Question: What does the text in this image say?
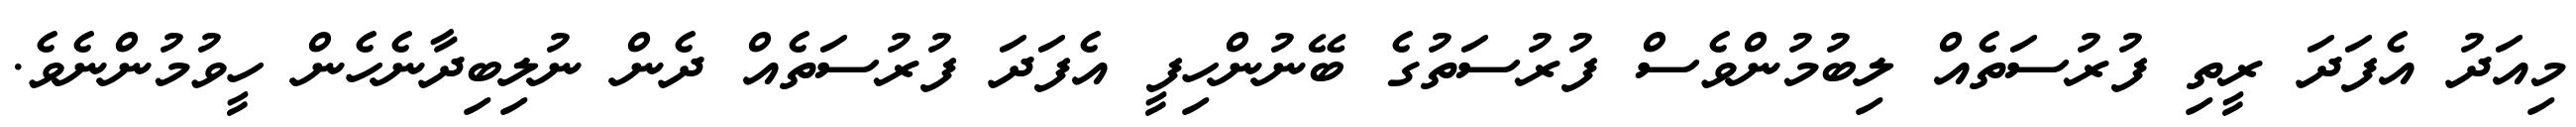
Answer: މިއަދު އެފަދަ ރީތި ފުރުސަތެއް ލިބުމުންވެސް ފުރުސަތުގެ ބޭނުންހިފީ އެފަދަ ފުރުސަތެއް ދެން ނުލިބިދާނެހެން ހީވުމުންނެވެ.